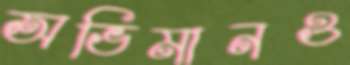
অভিমানও